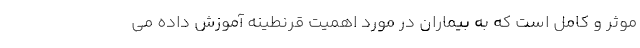
موثر و کامل است که به بیماران در مورد اهمیت قرنطینه آموزش داده می